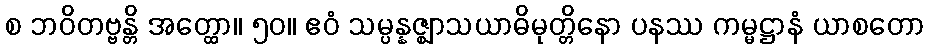
စ ဘဝိတဗ္ဗန္တိ အတ္ထော။ ၅၀။ ဧဝံ သမ္ပန္နဇ္ဈာသယာဓိမုတ္တိနော ပနဿ ကမ္မဋ္ဌာနံ ယာစတော